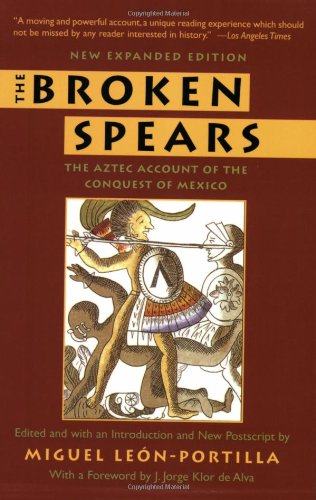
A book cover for The Broken Spears:   The Aztec Account of the Conquest of Mexico; Miguel Leon-Portilla; History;